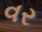
વર